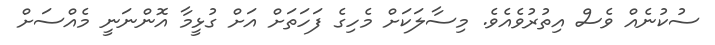
ސުކުނެއް ވެސް އިތުރުވެއެވެ. މިސާލަކަށް މެހިގެ ފަހަތަށް އަށް ގުޅީމާ އޮންނަނީ މެއްސަށް